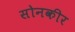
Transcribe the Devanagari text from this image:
सोनकीर